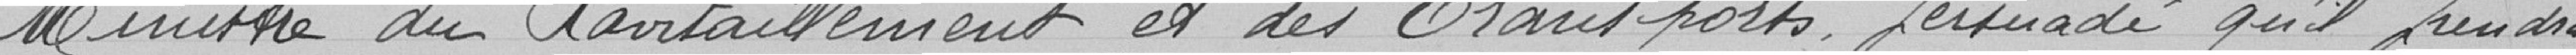
Ministre du Ravitaillement et des Transports, persuadé qu'il prendra